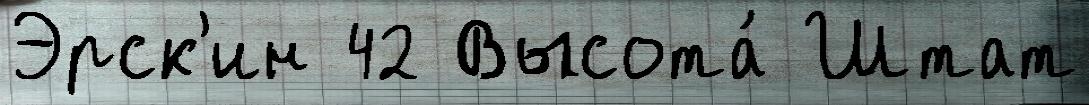
Эрск'ин 42 Высота́ Штат